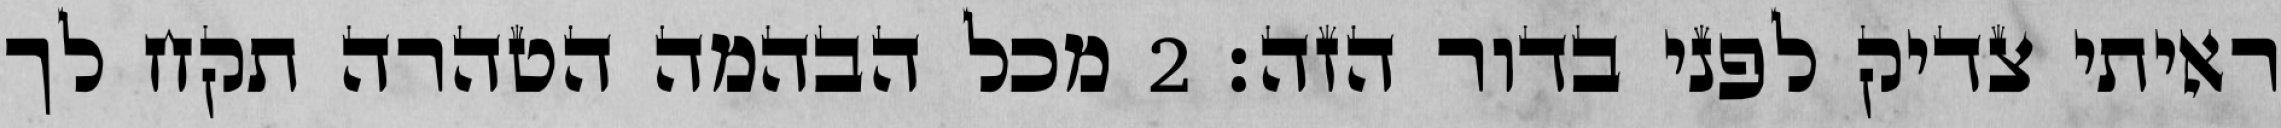
ראיתי צדיק לפני בדור הזה׃ ‎2‏ מכל הבהמה הטהרה תקח לך